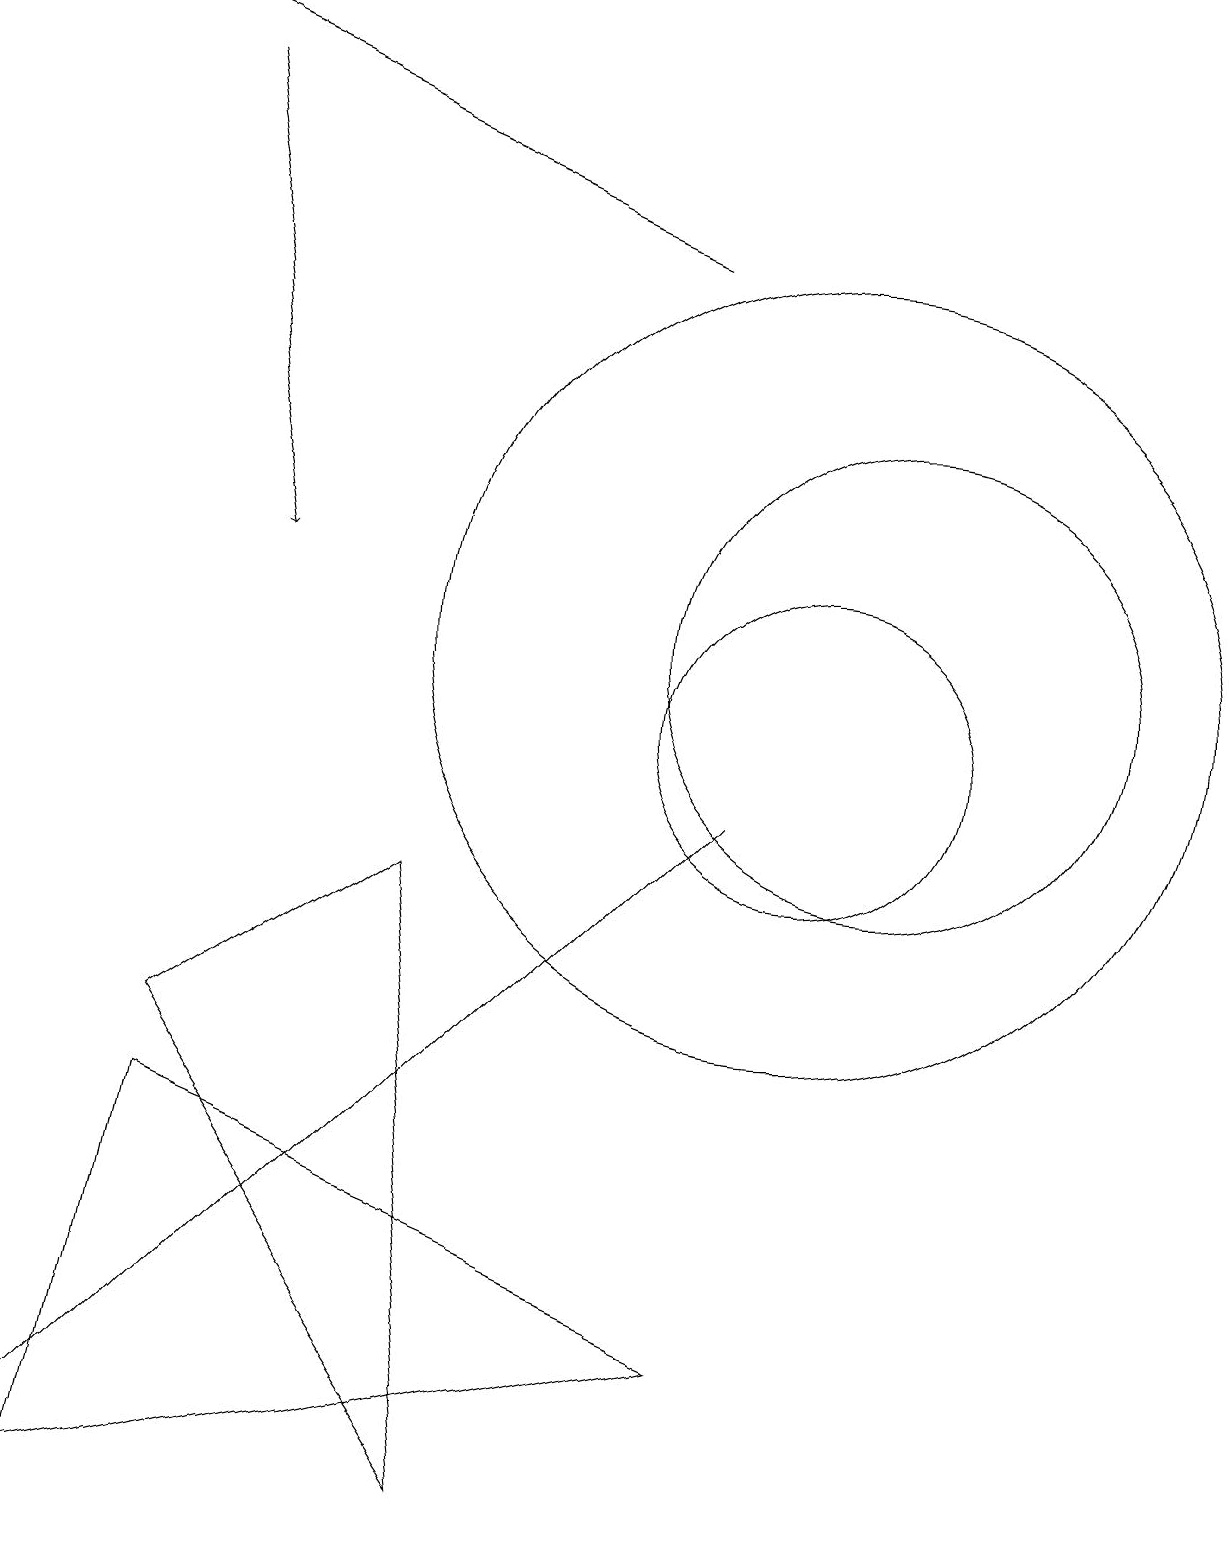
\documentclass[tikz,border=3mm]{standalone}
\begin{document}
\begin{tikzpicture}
\draw (10,11) circle (5);
\draw (6,0) -- (5,8) -- (2,6) -- cycle;
\draw[->] (8,16) -- (1,19);
\draw (11,11) circle (3);
\draw[->] (2,18) -- (3,12);
\draw (10,10) circle (2);
\draw (1,1) -- (9,9) -- (0,0) -- cycle;
\draw (1,0) -- (2,5) -- (9,2) -- cycle;
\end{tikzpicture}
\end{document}